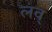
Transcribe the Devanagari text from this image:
लव्